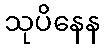
သုပိနေန